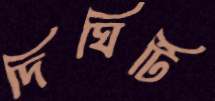
দিঘিটি